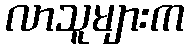
လာသူများက